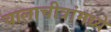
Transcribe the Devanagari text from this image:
चालाचीत्रांमध्ये